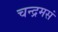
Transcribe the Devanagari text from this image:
चन्द्रमसं